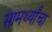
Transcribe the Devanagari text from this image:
सामर्थ्यांचा